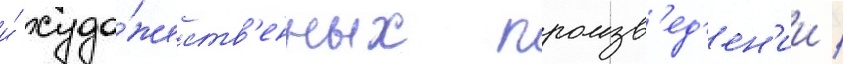
и́ худо́жеств'енных произв'ед'ен'ии /